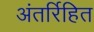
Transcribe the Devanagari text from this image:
अंतर्रिहित